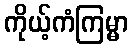
ကိုယ့်ကံကြမ္မာ